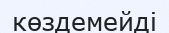
көздемейді